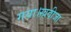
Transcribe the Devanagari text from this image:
गया।ख़दीजा